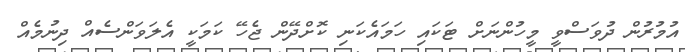
އުމުރުން ދުވަސްވީ މީހުންނަށް ޓަކައި ހަމައެކަނި ކޮށްދޭން ޖެހޭ ކަމަކީ އެލަވަންސެއް ދިނުމެއް